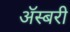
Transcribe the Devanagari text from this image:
ॲस्बरी